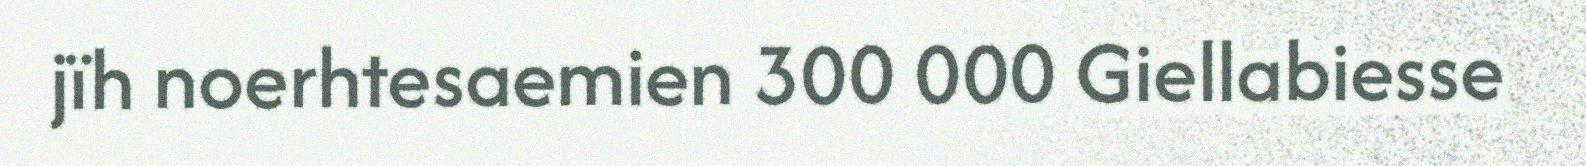
jïh noerhtesaemien 300 000 Giellabiesse